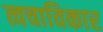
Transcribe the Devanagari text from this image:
त्वचाविकार